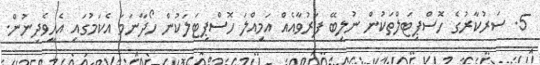
5. ސަރުކާރުގެ ހޮސްޕިޓަލްތަކުން ނުލިބޭ ފަރުވާއެއް އަމިއްލަ ހޮސްޕިޓަލަކުން ހޯދާނަމަ އެކަމުގައި އެހީވެދިނުން.